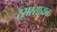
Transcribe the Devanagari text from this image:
रसरसायन